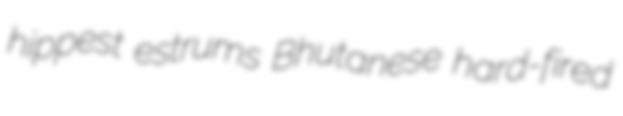
hippest estrums Bhutanese hard-fired